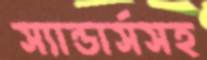
স্যান্ডার্সসহ